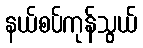
နယ်စပ်ကုန်သွယ်